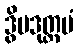
ဒွိပဒုတ္တမံ